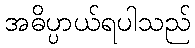
အဓိပ္ပာယ်ရပါသည်